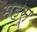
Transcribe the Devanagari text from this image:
महसू